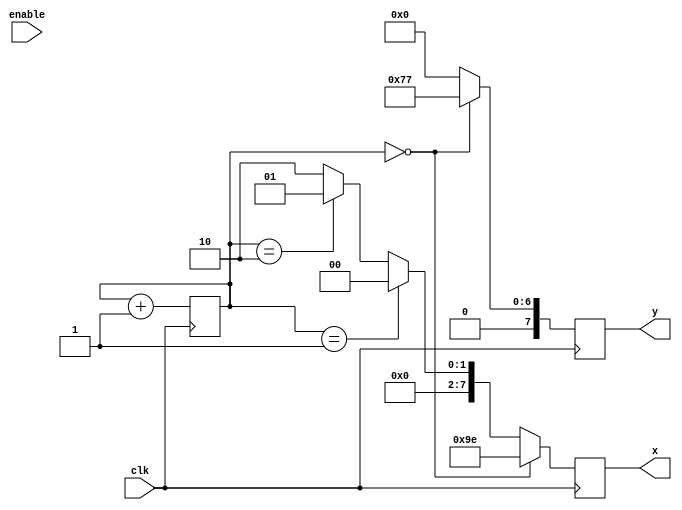
module correction(
	input clk,
	input enable,
	output reg [7:0]x,
	output reg [7:0]y
);


	reg [1:0] count;
	always @(posedge clk)
		begin
			if (count == 2'd0)
				begin
					x = 158;
					y = 119;
				end
				
			else if (count == 2'd1)
				begin
					x = 0;
					y = 0;
				end
			else if (count == 2'd2)
				begin
					x = 1;
					y = 0;
				end
			else
				begin
					x = 2;
					y = 0;
				end
			
			count = count + 1;
		end
				

endmodule